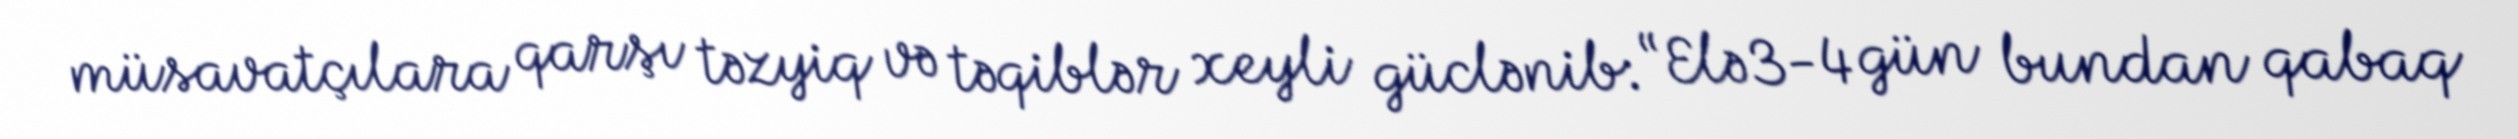
müsavatçılara qarşı təzyiq və təqiblər xeyli güclənib: “Elə 3-4 gün bundan qabaq